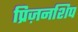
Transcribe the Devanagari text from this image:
प्रिज़नशिप